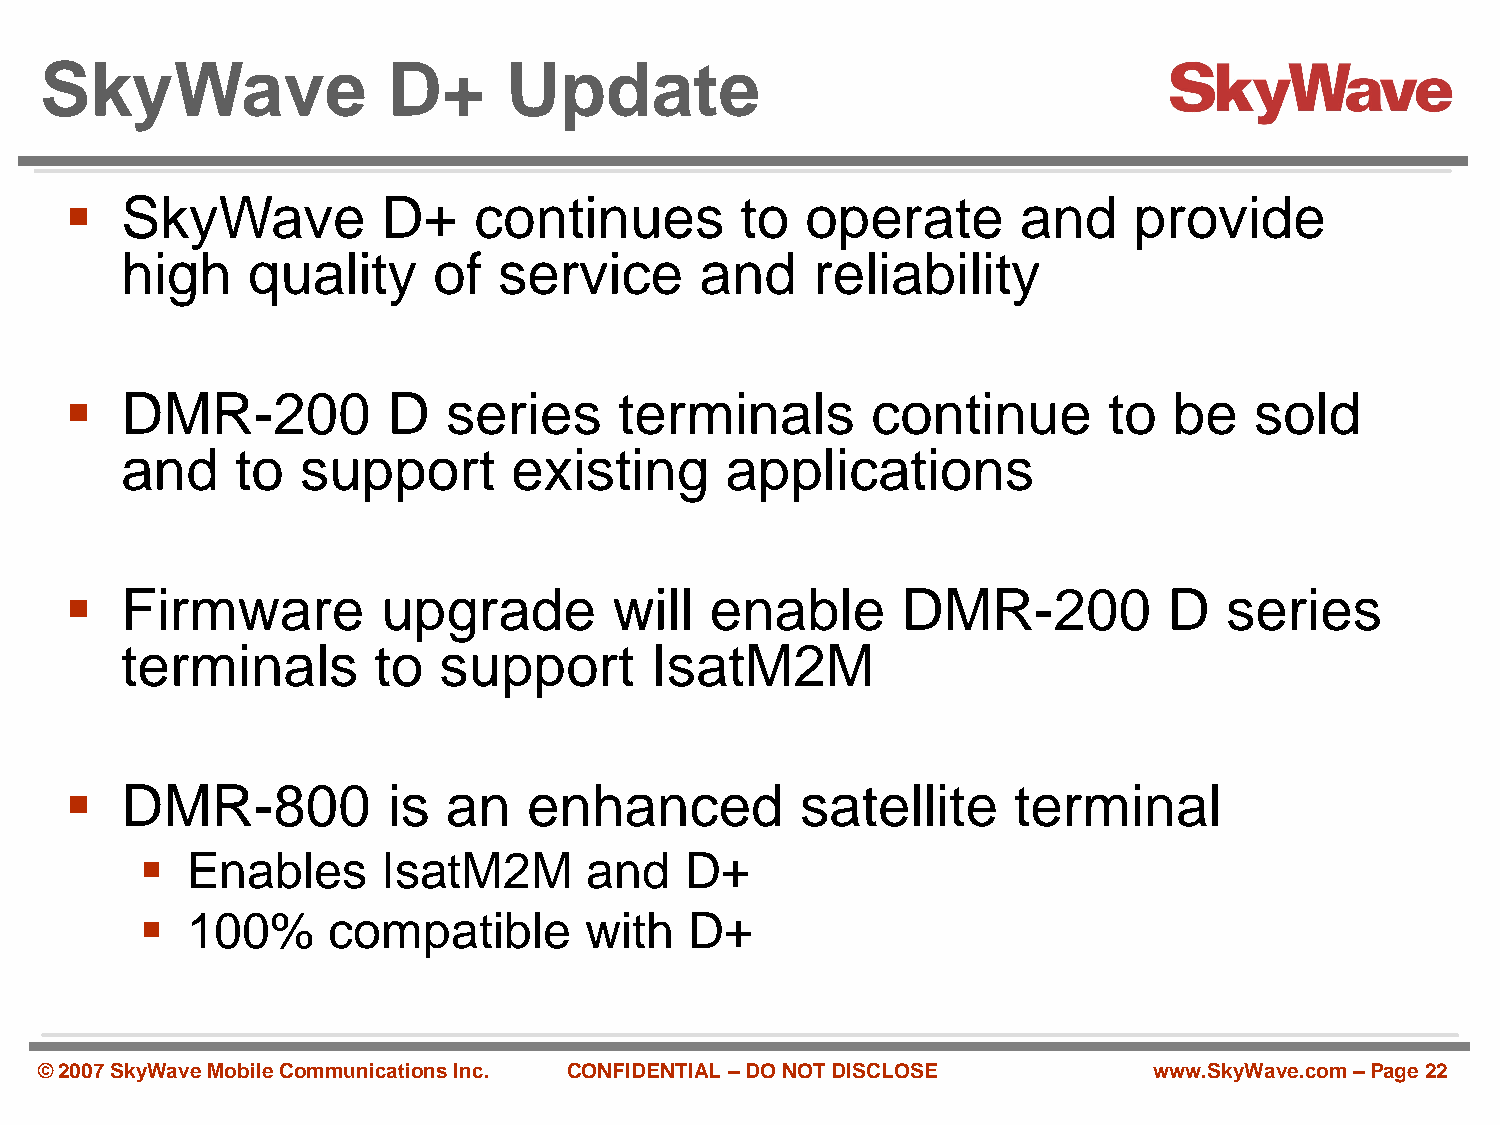
SkyWave                D+      Update
    SkyWave          D+    continues         to  operate        and    provide
 high    quality      of  service      and     reliability
    DMR-200           D   series     terminals        continue       to   be   sold
 and     to  support       existing      applications
    Firmware         upgrade         will  enable       DMR-200          D   series
 terminals        to  support       IsatM2M
    DMR-800           is  an   enhanced          satellite     terminal
   Enables      IsatM2M       and   D+
   100%      compatible       with   D+
 © 2007 SkyWave Mobile Communications Inc. CONFIDENTIAL –DO NOT DISCLOSE  www.SkyWave.com –Page 22